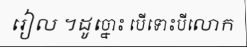
រៀល ។ដូច្នោះ បើទោះបីលោក